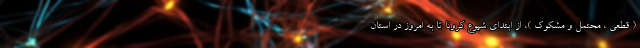
( قطعی ، محتمل و مشکوک )، از ابتدای شیوع کرونا تا به امروز در استان